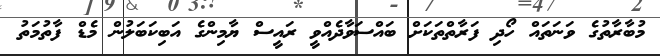
މުބާރާތުގެ ވަނަތައް ހޯދި ފަރާތްތަކަށް ބައްސަވާދެއްވީ ރައީސް ޔާމިންގެ އަބިކަބަލުން މެޑް ފާތުމަތު